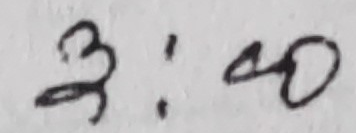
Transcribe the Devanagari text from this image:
३:४०